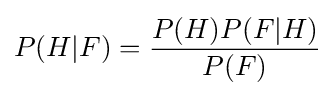
P(H|F)={\frac {P(H)P(F|H)}{P(F)}}